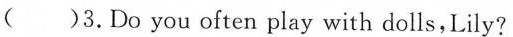
3. Do you often play with dolls,Lily?